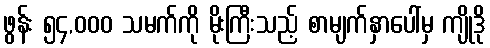
ဖွန်း ၅၄,၀၀၀ သမက်ကို မိုးကြီးသည့် စာမျက်နှာပေါ်မှ ကျိုဒို